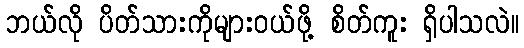
ဘယ်လို ပိတ်သားကိုများဝယ်ဖို့ စိတ်ကူး ရှိပါသလဲ။